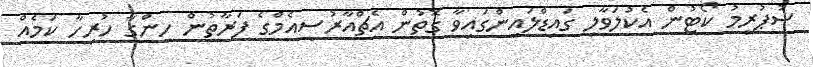
ސުޕުރީމު ކޯޓުން އެކުލަވާލި ގައިޑްލައިންގައިވާ ގޮތުން އެޗްއާރުސީއެމްގެ ފަރާތުން ހިންގާ ހުރިހާ ކަމެއް